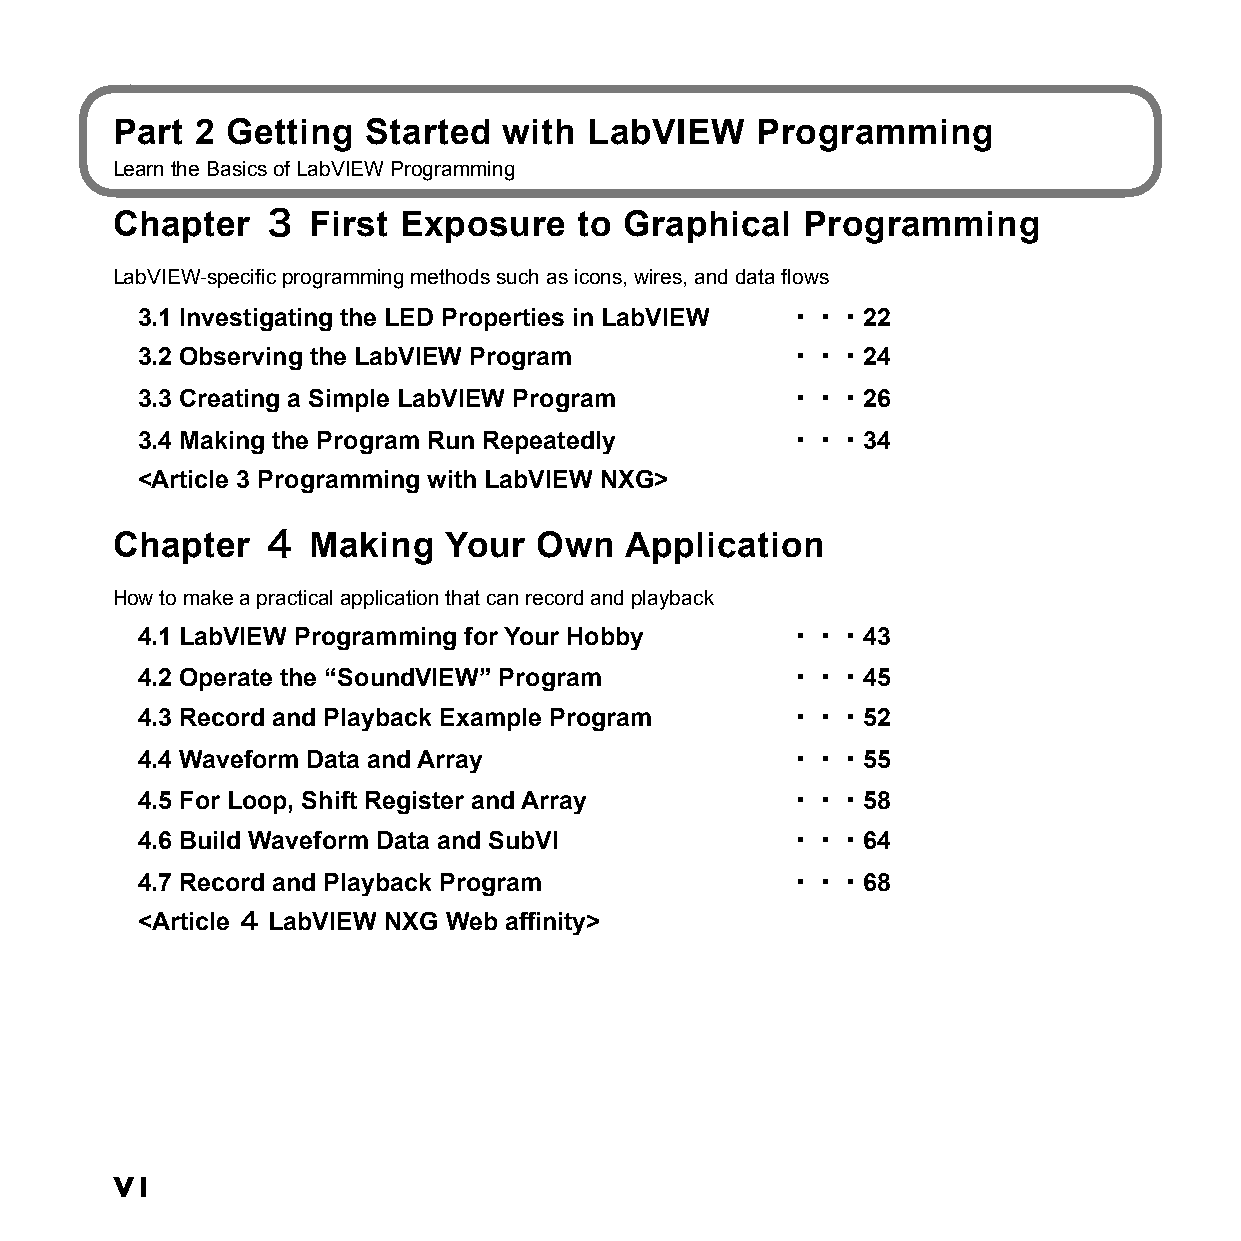
Part  2 Getting  Started  with  LabVIEW    Programming
 Learn the Basics of LabVIEW Programming
 Chapter   ３  First Exposure    to Graphical   Programming
 LabVIEW-specific programming methods such as icons, wires, and data flows
 3.1 Investigating the LED Properties in LabVIEW ・・・22
 3.2 Observing the LabVIEW Program          ・・・24
 3.3 Creating a Simple LabVIEW Program      ・・・26
 3.4 Making the Program Run Repeatedly      ・・・34
 <Article 3 Programming with LabVIEW NXG>
 Chapter   ４  Making   Your  Own   Application
 How to make a practical application that can record and playback
 4.1 LabVIEW Programming for Your Hobby     ・・・43
 4.2 Operate the “SoundVIEW” Program        ・・・45
 4.3 Record and Playback Example Program    ・・・52
 4.4 Waveform Data and Array                ・・・55
 4.5 For Loop, Shift Register and Array     ・・・58
 4.6 Build Waveform Data and SubVI          ・・・64
 4.7 Record and Playback Program            ・・・68
 <Article ４ LabVIEW NXG Web affinity>
 VI